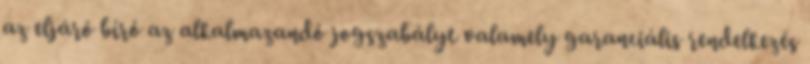
az eljáró bíró az alkalmazandó jogszabályt valamely garanciális rendelkezés